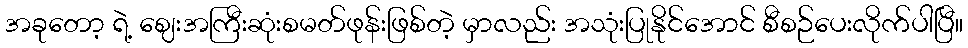
အခုတော့ ရဲ့ ဈေးအကြီးဆုံးစမတ်ဖုန်းဖြစ်တဲ့ မှာလည်း အသုံးပြုနိုင်အောင် စီစဉ်ပေးလိုက်ပါပြီ။